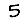
Digit: 5